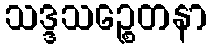
သဒ္ဒသဉ္စေတနာ